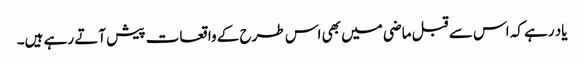
یاد رہے کہ اس سے قبل ماضی میں بھی اس طرح کے واقعات پیش آتے رہے ہیں۔